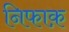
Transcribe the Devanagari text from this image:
निफाक़